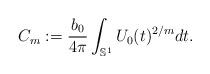
LaTeX: \begin{align*}C_{m} := \frac{b_{0}}{4\pi} \int_{\mathbb{S}^{1}} U_{0}(t)^{2/m} dt.\end{align*}